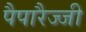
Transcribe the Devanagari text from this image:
पैपारैज्जी